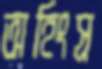
অহিংস্র